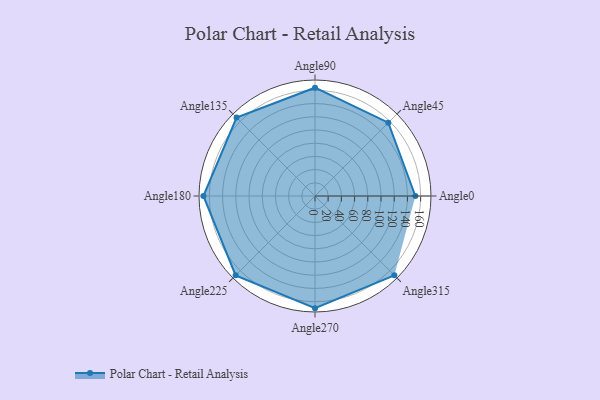
{"axis": {"x": "Angle", "y": "Radius"}, "legend": [""], "data": [{"x": "Angle0", "y": 152.0, "type": ""}, {"x": "Angle45", "y": 157.0, "type": ""}, {"x": "Angle90", "y": 164.0, "type": ""}, {"x": "Angle135", "y": 168.0, "type": ""}, {"x": "Angle180", "y": 169.0, "type": ""}, {"x": "Angle225", "y": 170, "type": ""}, {"x": "Angle270", "y": 170, "type": ""}, {"x": "Angle315", "y": 170, "type": ""}]}